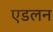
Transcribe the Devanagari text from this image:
एडलन